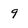
Character: 9